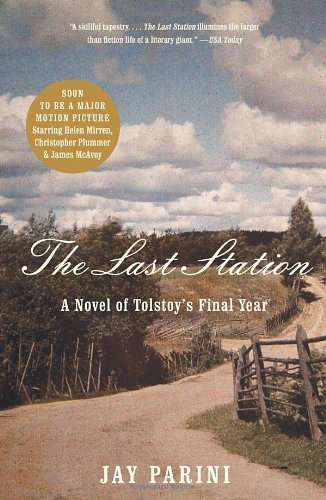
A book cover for The Last Station: A Novel of Tolstoy's Final Year; Jay Parini; Literature & Fiction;